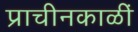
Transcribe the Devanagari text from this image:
प्राचीनकाळीं